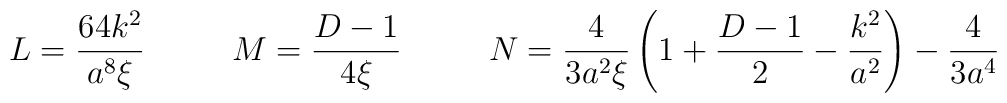
L= \frac{64 k^2 }{a^8 \xi } \ \ \ \ \ \ \ \ M=\frac{D-1}{4\xi } \ \ \ \ \ \ \ \ N=\frac{4}{3a^2 \xi } \left( 1+\frac{D-1}{2}-\frac{k^2 }{a^2 } \right)-\frac{4}{3a^4 }